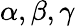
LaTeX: \alpha,\beta,\gamma